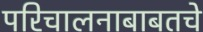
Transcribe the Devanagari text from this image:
परिचालनाबाबतचे